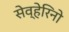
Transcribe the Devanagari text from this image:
सेव्हेरिनो